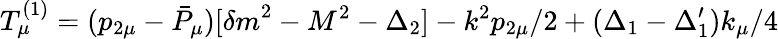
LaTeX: T_{\mu}^{(1)}=(p_{2\mu}-{\bar{P}}_{\mu})[{\delta m}^{2}-M^{2}-\Delta_{2}]-k^{2}p_{2\mu}/2+(\Delta_{1}-\Delta_{1}^{\prime})k_{\mu}/4